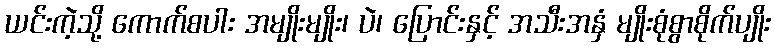
ယင်းကဲ့သို့ ကောက်စပါး အမျိုးမျိုး၊ ပဲ၊ ပြောင်းနှင့် အသီးအနှံ မျိုးစုံစွာစိုက်ပျိုး